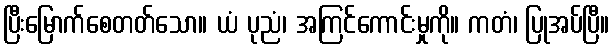
ပြီးမြောက်စေတတ်သော။ ယံ ပုညံ၊ အကြင်ကောင်းမှုကို။ ကတံ၊ ပြုအပ်ပြီ။